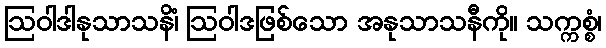
ဩဝါဒါနုသာသနိံ၊ ဩဝါဒဖြစ်သော အနုသာသနီကို။ သက္ကစ္စံ၊